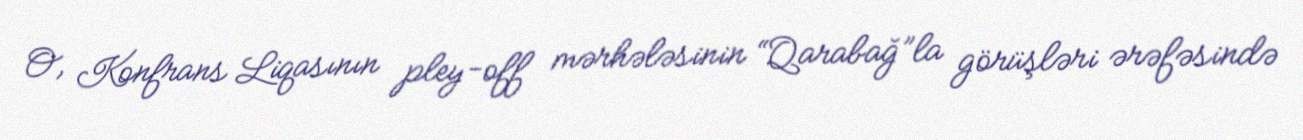
O, Konfrans Liqasının pley-off mərhələsinin “Qarabağ”la görüşləri ərəfəsində